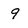
Character: 9